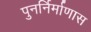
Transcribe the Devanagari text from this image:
पुनर्निर्माणास